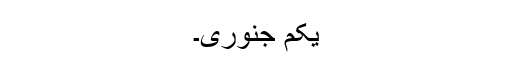
یکم جنوری۔